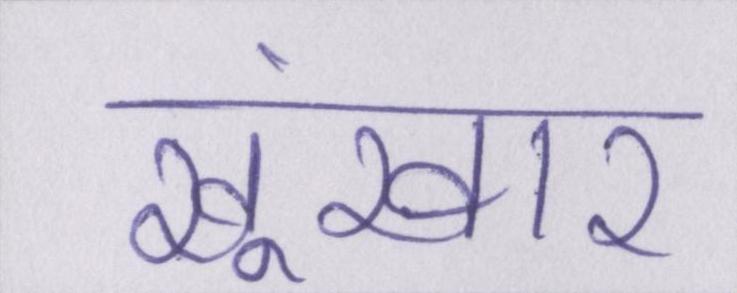
खूंखार